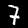
Digit: 7